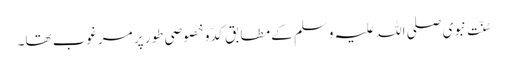
سُنّتِ نبوی صلی اللہ علیہ وسلم کے مطابق کدّ و خصوصی طور پر مرغوب تھا۔